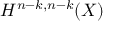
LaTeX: H ^ { n - k , n - k } ( X )